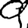
Digit: 9